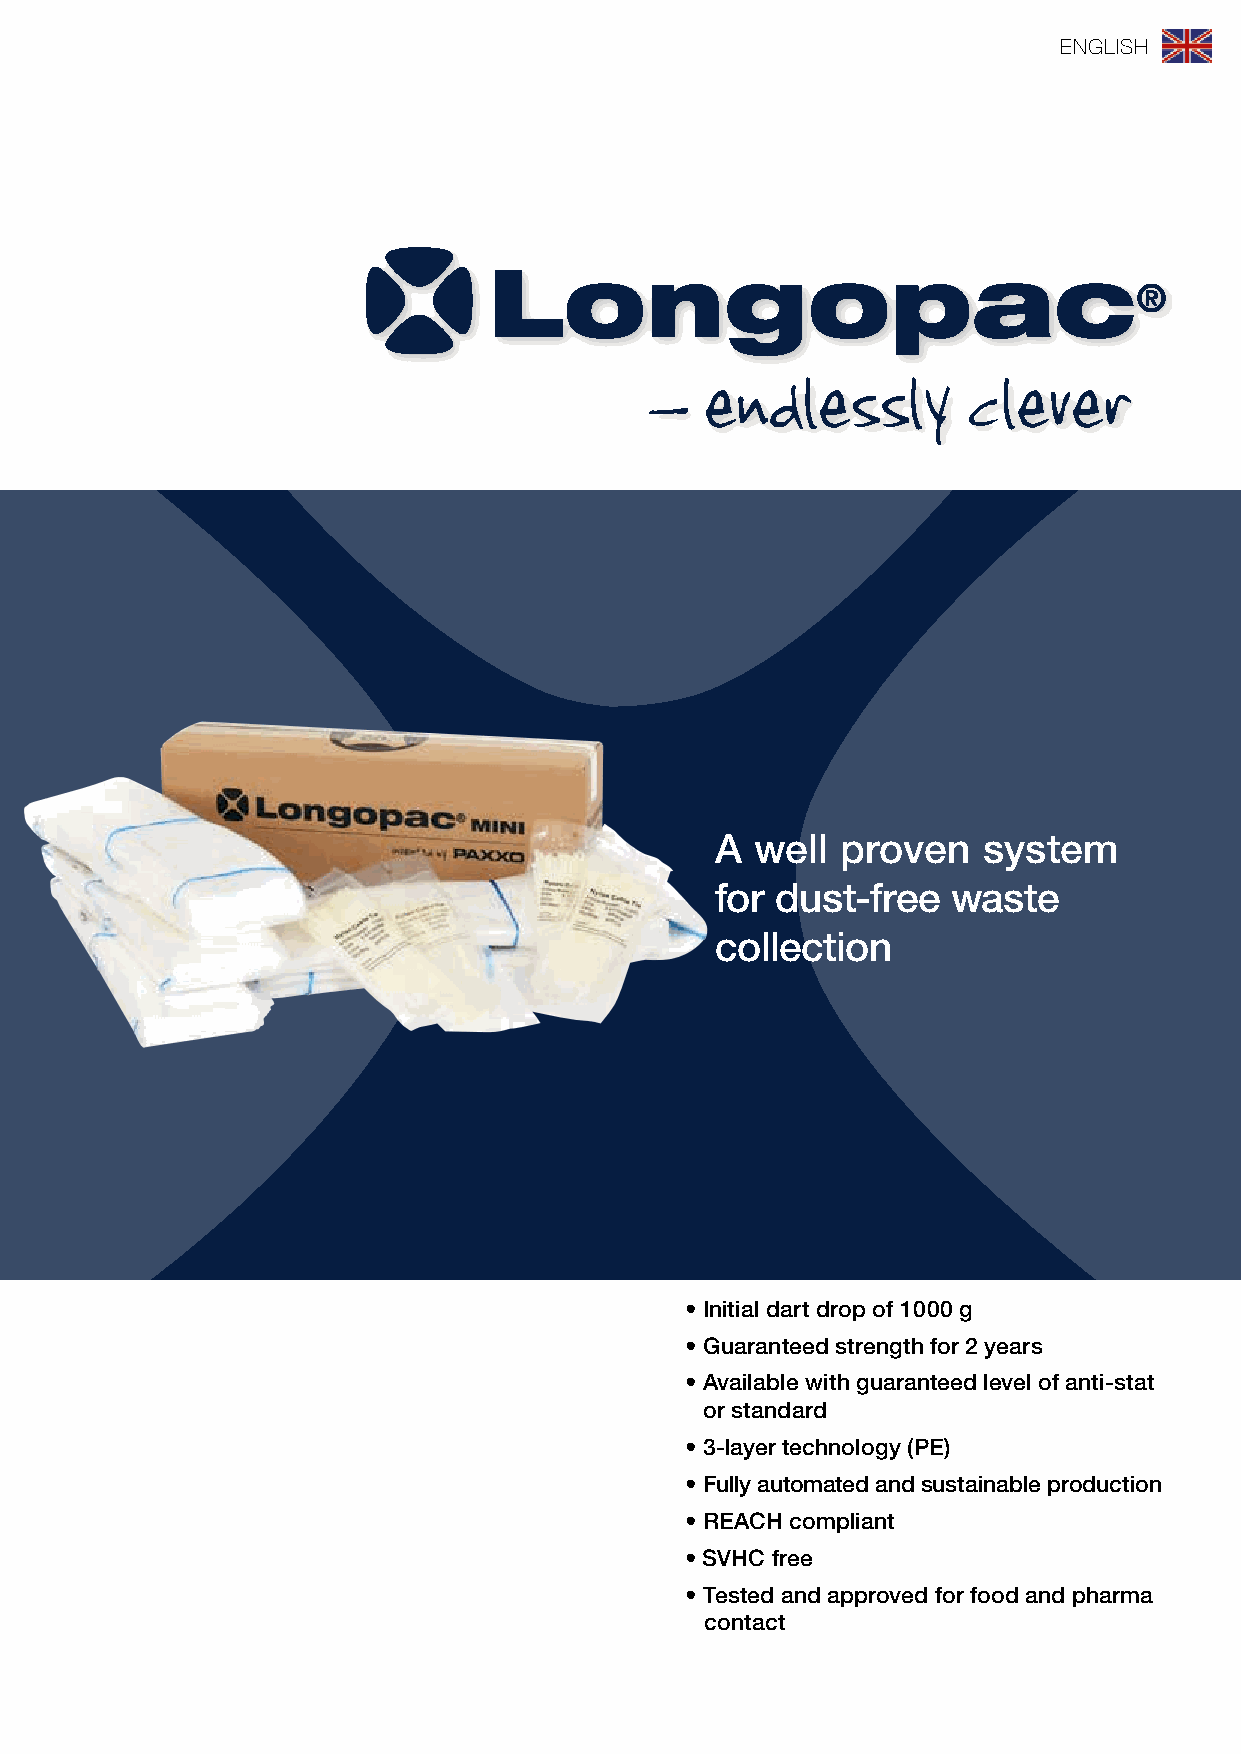
ENGLISH
 A  well  proven   system
 for dust-free   waste
 collection
 • Initial dart drop of 1000 g
 • Guaranteed strength for 2 years
 • Available with guaranteed level of anti-stat
 or standard
 • 3-layer technology (PE)
 • Fully automated and sustainable production
 • REACH compliant
 • SVHC free
 • Tested and approved for food and pharma
 contact